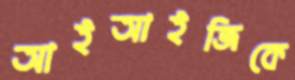
আইআইজিকে